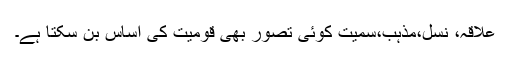
علاقہ، نسل،مذہب،سمیت کوئی تصور بھی قومیت کی اساس بن سکتا ہے۔